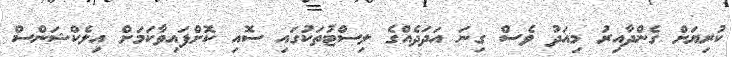
ކުރިޔަށް ގެންދާއިރު މިއަދު ވެސް ގިނަ އަދަދެއްގެ ލިސްޓުތަކުގައި ސޮއި ކޮށްފައިވާކަމަށް އިލެކްޝަންސް